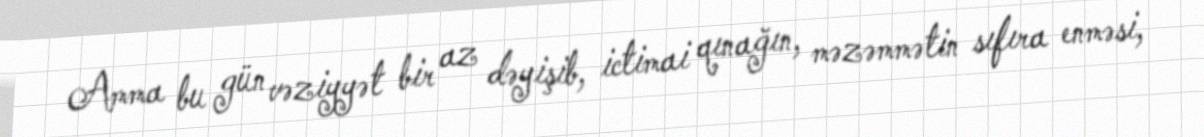
Amma bu gün vəziyyət bir az dəyişib, ictimai qınağın, məzəmmətin sıfıra enməsi,